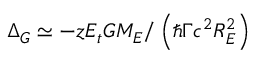
\Delta _ { G } \simeq - z E _ { t } G M _ { E } / \left( \hbar \Gamma c ^ { 2 } R _ { E } ^ { 2 } \right)